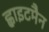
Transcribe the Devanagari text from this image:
ह्वाइटमैन